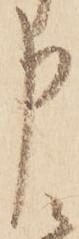
申